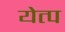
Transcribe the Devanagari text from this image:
येत्प